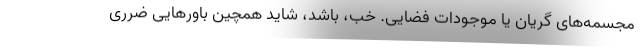
مجسمه‌های گریان یا موجودات فضایی. خب، باشد، شاید همچین باورهایی ضرری